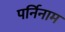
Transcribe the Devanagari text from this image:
पर्निनाम